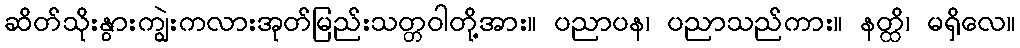
ဆိတ်သိုးနွားကျွဲးကလားအုတ်မြည်းသတ္တဝါတို့အား။ ပညာပန၊ ပညာသည်ကား။ နတ္ထိ၊ မရှိလေ။